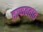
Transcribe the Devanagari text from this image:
वाफवतात